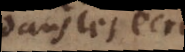
dans les écrits